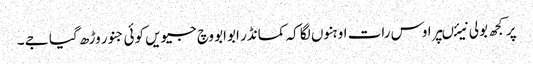
پر کجھ بولی نیئںپر اوس رات اوہنوں لگا کہ کمانڈر ابوابو وچ جیویں کوئی جنور وڑھ گیا جے ۔